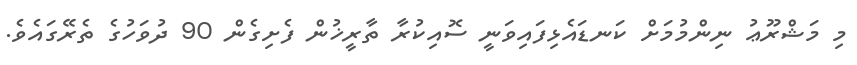
މި މަޝްރޫޢު ނިންމުމަށް ކަނޑައެޅިފައިވަނީ ސޮއިކުރާ ތާރީޚުން ފެށިގެން 90 ދުވަހުގެ ތެރޭގައެވެ.